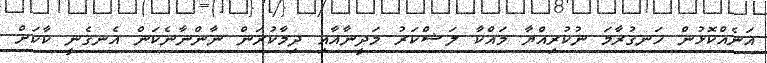
އަނެއްކޮޅުން ހަނގުރާމަ ނުކުރިއްޔާ މައްކާ ލަޝްކަރު މަދީނާއާއި ދިމާކުރަން ނާންނާނެކަން އެނގެނީ ކާކަށް